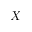
X